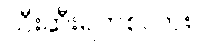
သီးဆီးရက်စ်လား။